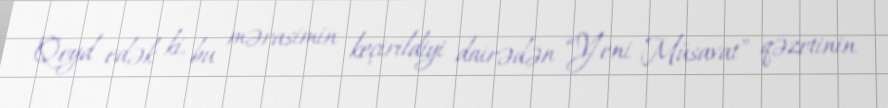
Qeyd edək ki, bu mərasimin keçirildiyi dairədən “Yeni Müsavat” qəzetinin